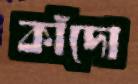
কাঁদো